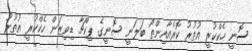
ސޮނީ ހެކްކުރީ އުތުރު ކޮރެއާއިންތޯ ބަލަނީ ސޮނީގެ ޕިކްޗާ ޑިވިޒަން ހެކްކުރީ އުތުރު